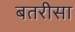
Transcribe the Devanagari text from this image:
बतरीसा